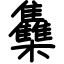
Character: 雧